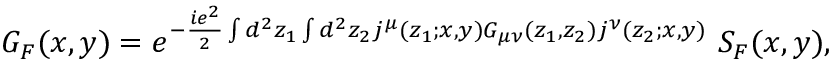
G _ { F } ( x , y ) = e ^ { - { \frac { i e ^ { 2 } } { 2 } } \int d ^ { 2 } z _ { 1 } \int d ^ { 2 } z _ { 2 } j ^ { \mu } ( z _ { 1 } ; x , y ) G _ { \mu \nu } ( z _ { 1 } , z _ { 2 } ) j ^ { \nu } ( z _ { 2 } ; x , y ) } ~ S _ { F } ( x , y ) ,